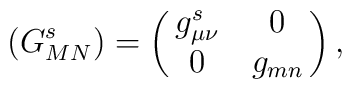
\left(G^s_{MN}\right)=\left(\matrix{g^s_{\mu\nu}&0\cr 0&g_{mn}}\right),